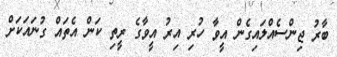
ބާރު ޖިންސެއްލައިގެން އީވާ ހުރި އިރު އީވާގެ ރީތި ކަން އެތައް ގުނައަކަށް